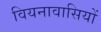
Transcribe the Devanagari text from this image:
वियनावासियों